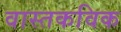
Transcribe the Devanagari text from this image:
वास्तकविक